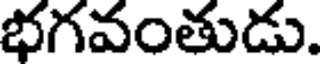
భగవంతుడు.